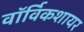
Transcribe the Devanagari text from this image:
वॉर्विकशायर